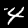
Label: 4